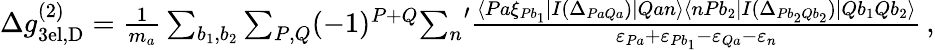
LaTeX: \begin{array}{r}{\Delta g_{\mathrm{3el,D}}^{(2)}=\frac{1}{m_{a}}\sum_{b_{1},b_{2}}\sum_{P,Q}(-1)^{P+Q}{\sum_{n}}^{\prime}\frac{\langle Pa\xi_{Pb_{1}}|I(\Delta_{PaQa})|Qan\rangle\langle nPb_{2}|I(\Delta_{Pb_{2}Qb_{2}})|Qb_{1}Qb_{2}\rangle}{\varepsilon_{Pa}+\varepsilon_{Pb_{1}}-\varepsilon_{Qa}-\varepsilon_{n}}\, ,}\end{array}